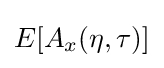
E[A_{x}(\eta ,\tau )]